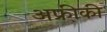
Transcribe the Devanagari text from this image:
अफ्री़की